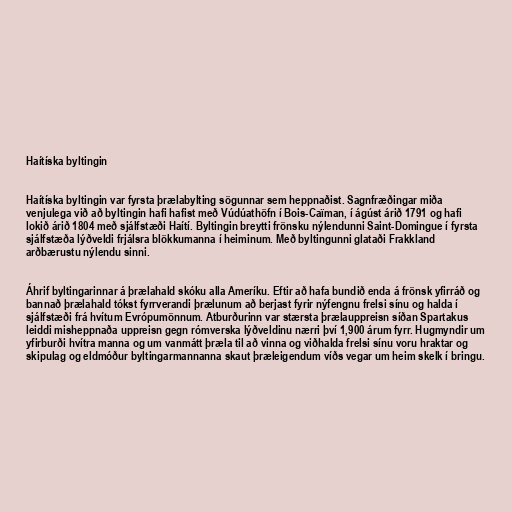
Haítíska byltingin

Haítíska byltingin var fyrsta þrælabylting sögunnar sem heppnaðist. Sagnfræðingar miða
venjulega við að byltingin hafi hafist með Vúdúathöfn í Bois-Caïman, í ágúst árið 1791 og hafi
lokið árið 1804 með sjálfstæði Haítí. Byltingin breytti frönsku nýlendunni Saint-Domingue í fyrsta
sjálfstæða lýðveldi frjálsra blökkumanna í heiminum. Með byltingunni glataði Frakkland
arðbærustu nýlendu sinni.

Áhrif byltingarinnar á þrælahald skóku alla Ameríku. Eftir að hafa bundið enda á frönsk yfirráð og
bannað þrælahald tókst fyrrverandi þrælunum að berjast fyrir nýfengnu frelsi sínu og halda í
sjálfstæði frá hvítum Evrópumönnum. Atburðurinn var stærsta þrælauppreisn síðan Spartakus
leiddi misheppnaða uppreisn gegn rómverska lýðveldinu nærri því 1,900 árum fyrr. Hugmyndir um
yfirburði hvítra manna og um vanmátt þræla til að vinna og viðhalda frelsi sínu voru hraktar og
skipulag og eldmóður byltingarmannanna skaut þræleigendum víðs vegar um heim skelk í bringu.